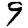
Digit: 9